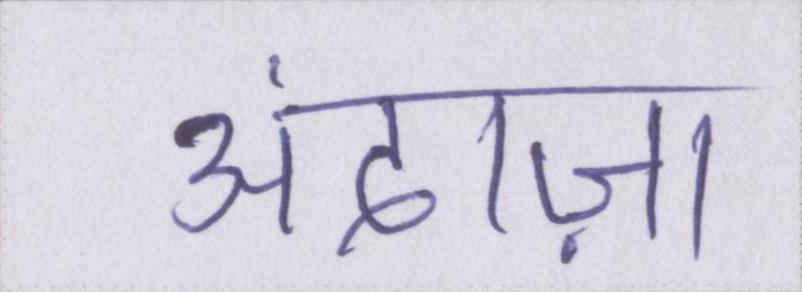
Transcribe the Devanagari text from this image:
अंदाज़ा